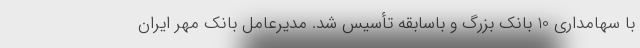
با سهامداری 10 بانک بزرگ و باسابقه تأسیس شد. مدیرعامل بانک مهر ایران